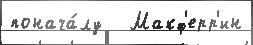
понача́лу   Макф'ерр'ин